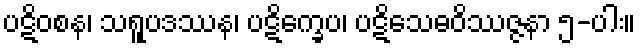
ပဋိဝစန၊ သရူပဒဿန၊ ပဋိက္ခေပ၊ ပဋိသေဓဝိဿဇ္ဇနာ ၅-ပါး။